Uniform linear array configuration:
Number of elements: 32
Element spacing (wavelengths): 1
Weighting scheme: exponential
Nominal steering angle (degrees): -15
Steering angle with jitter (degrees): -13.733
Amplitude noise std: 0.05
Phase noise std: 0.05

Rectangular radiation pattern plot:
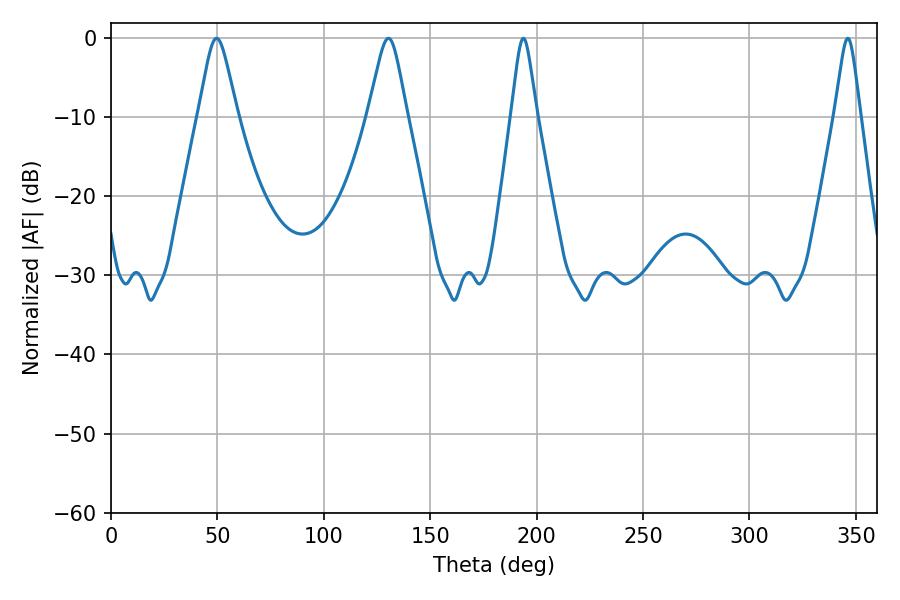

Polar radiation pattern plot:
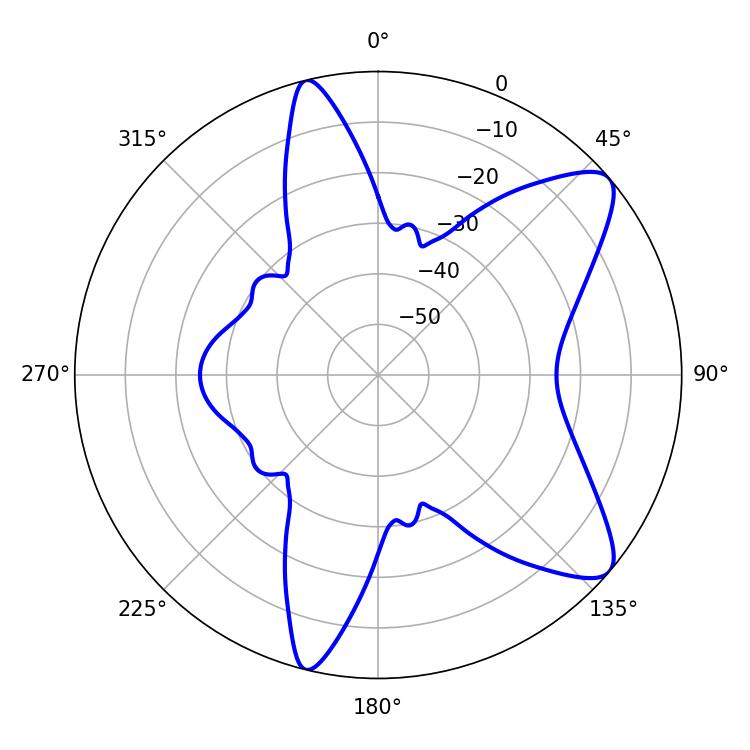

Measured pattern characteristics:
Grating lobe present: TRUE
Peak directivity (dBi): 9.449
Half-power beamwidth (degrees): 8.82
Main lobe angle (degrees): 49.68